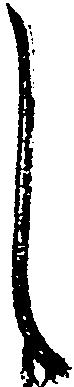
し